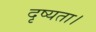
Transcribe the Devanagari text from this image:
दृष्यता।